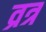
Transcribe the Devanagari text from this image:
व्रत्र